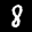
Label: 8